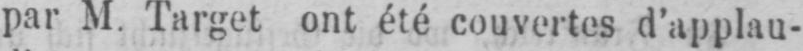
par M. Target ont été couvertes d’applau-